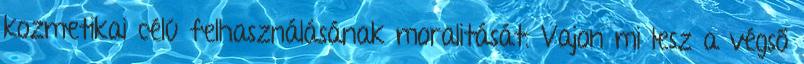
kozmetikai célú felhasználásának moralitását. Vajon mi lesz a végső